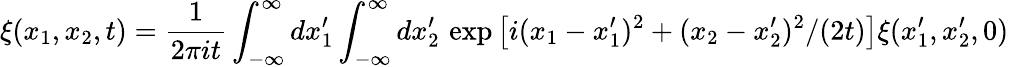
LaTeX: \xi(x_{1},x_{2},t)=\frac{1}{2\pi it}\int_{-\infty}^{\infty}dx_{1}^{\prime}\int_{-\infty}^{\infty}dx_{2}^{\prime}\, \exp\big[i(x_{1}-x_{1}^{\prime})^{2}+(x_{2}-x_{2}^{\prime})^{2}/(2t)\big]\xi(x_{1}^{\prime},x_{2}^{\prime},0)